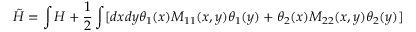
\tilde { H } = \int H + { \frac { 1 } { 2 } } \int [ d x d y \theta _ { 1 } ( x ) M _ { 1 1 } ( x , y ) \theta _ { 1 } ( y ) + \theta _ { 2 } ( x ) M _ { 2 2 } ( x , y ) \theta _ { 2 } ( y ) ]